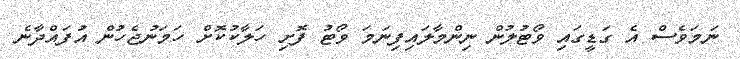
ނަމަވެސް އެ ގަޑީގައި ވޯޓުލުން ނިންމާލައިފިނަމަ ވޯޓު ފޮށި ހަލާކުކޮށް ހަމަނުޖެހުން އުފައްދާނެ